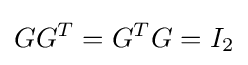
GG^{T}=G^{T}G=I_{2}